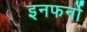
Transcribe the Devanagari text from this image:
इनफर्नो